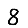
Digit: 8